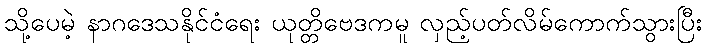
သို့ပေမဲ့ နာဂဒေသနိုင်ငံရေး ယုတ္တိဗေဒကမူ လှည့်ပတ်လိမ်ကောက်သွားပြီး